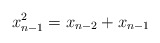
\begin{align*}x_{n-1}^2=x_{n-2}+x_{n-1}\end{align*}